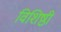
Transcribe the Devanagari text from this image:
विशिष्ठी